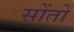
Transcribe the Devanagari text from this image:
सोंतो